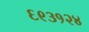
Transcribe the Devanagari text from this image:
६९३१२४